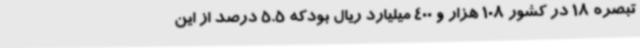
تبصره 18 در کشور 108 هزار و 400 میلیارد ریال بودکه 5.5 درصد از این